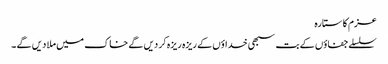
عزم کا ستارہ
سلسلے جفاؤں کے بت سبھی خداؤں کے ریزہ ریزہ کر دیں گے خاک میں ملا دیں گے ۔